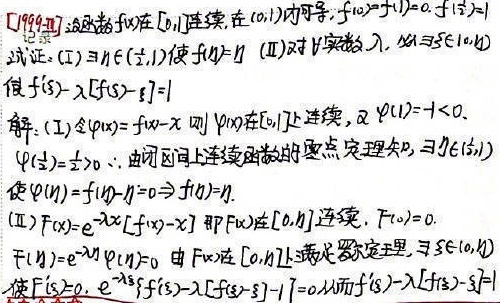
[例9 - 17] 设函数\(f(x)\)在\([0,1]\)连续，在\((0,1)\)内可导，\(f(0)=f(1)=0\)，\(f(\frac{1}{2}) = 1\)。
[记]试证：
(I) \(\exists\eta\in(\frac{1}{2},1)\)使\(f(\eta)=\eta\)
(II) 对\(\forall\)实数\(\lambda\)，\(\exists\xi\in(0,\eta)\)使\(f'(\xi)-\lambda[f(\xi)-\xi]=1\)

解：
(I) 令\(\varphi(x)=f(x)-x\)，则\(\varphi(x)\)在\([0,1]\)上连续，又\(\varphi(1)= - 1<0\)，\(\varphi(\frac{1}{2})=\frac{1}{2}>0\)，由闭区间上连续函数的零点定理知，\(\exists\eta\in(\frac{1}{2},1)\)使\(\varphi(\eta)=f(\eta)-\eta = 0\Rightarrow f(\eta)=\eta\)。

(II) \(F(x)=e^{-\lambda x}[f(x)-x]\)，即\(F(x)\)在\([0,\eta]\)连续，\(F(0)=0\)，\(F(\eta)=e^{-\lambda\eta}\varphi(\eta)=0\)。由\(F(x)\)在\([0,\eta]\)上满足罗尔定理，\(\exists\xi\in(0,\eta)\)使\(F'(\xi)=0\)，\(e^{-\lambda\xi}[f'(\xi)-\lambda[f(\xi)-\xi]-1]=0\)，从而\(f'(\xi)-\lambda[f(\xi)-\xi]=1\)